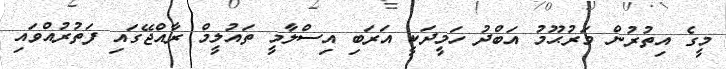
މީގެ އިތުރުން މަރުޙޫމު އަބްދު ހަމީދަކީ އަރަބި އިސްލާމީ ތައުލީމް ރާއްޖޭގައި ފަތުރުއްވައި